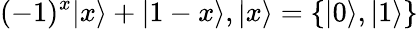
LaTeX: (-1)^{x}|x\rangle+|1-x\rangle,|x\rangle=\{ |0\rangle,|1\rangle\}